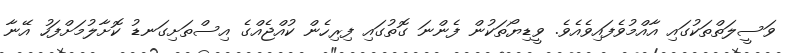
ވަސީލަތްތަކުގައި އާއްމުވެފައިވެއެވެ. ވީޑިޔޯތަކުން ފެންނަ ގޮތުގައި ފިރިހެން ކުއްޖެއްގެ އިސްތަށިގަނޑު ކޮށާލުމަށްފަހު އޭނާ